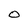
Character: O